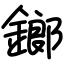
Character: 鎯